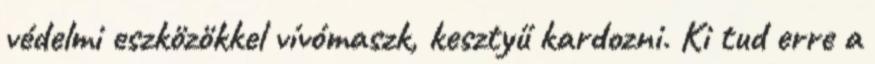
védelmi eszközökkel vívómaszk, kesztyű kardozni. Ki tud erre a